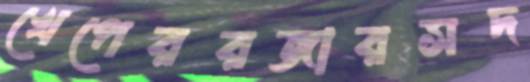
খেপেররজারসদ